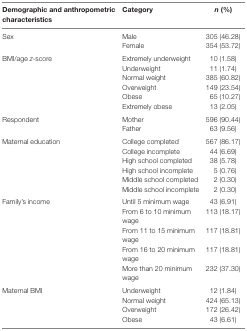
| Demographic and anthropometric characteristics | Category | n (%) |
 | --- | --- | --- |
 | Sex | Male | 305 (46.28) |
 |  | Female | 354 (53.72) |
 | BMI/age z-score | Extremely underweight | 10 (1.58) |
 |  | Underweight | 11 (1.74) |
 |  | Normal weight | 385 (60.82) |
 |  | Overweight | 149 (23.54) |
 |  | Obese | 65 (10.27) |
 |  | Extremely obese | 13 (2.05) |
 | Respondent | Mother | 596 (90.44) |
 |  | Father | 63 (9.56) |
 | Maternal education | College completed | 567 (86.17) |
 |  | College incomplete | 44 (6.69) |
 |  | High school completed | 38 (5.78) |
 |  | High school incomplete | 5 (0.76) |
 |  | Middle school completed | 2 (0.30) |
 |  | Middle school incomplete | 2 (0.30) |
 | Family’s income | Until 5 minimum wage | 43 (6.91) |
 |  | From 6 to 10 minimum wage | 113 (18.17) |
 |  | From 11 to 15 minimum wage | 117 (18.81) |
 |  | From 16 to 20 minimum wage | 117 (18.81) |
 |  | More than 20 minimum wage | 232 (37.30) |
 | Maternal BMI | Underweight | 12 (1.84) |
 |  | Normal weight | 424 (65.13) |
 |  | Overweight | 172 (26.42) |
 |  | Obese | 43 (6.61) |